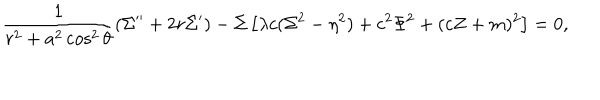
LaTeX: \frac 1 { r ^ { 2 } + a ^ { 2 } \cos ^ { 2 } \theta } ( \Sigma ^ { \prime \prime } + 2 r \Sigma ^ { \prime } ) - \Sigma \left[ \lambda c ( \Sigma ^ { 2 } - \eta ^ { 2 } ) + c ^ { 2 } \Phi ^ { 2 } + ( c Z + m ) ^ { 2 } \right] = 0 ,